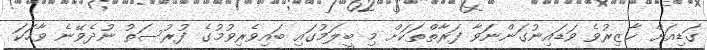
ގަޑިއަށް ޚާޒިރުވެ ވަޑައިނުގަންނަވާ ފަރާތްތަކަށް މި ބީލަމުގައި ބައިވެރިވުމުގެ ފުރުސަތު ނުދެވޭނެ ވާހަކަ